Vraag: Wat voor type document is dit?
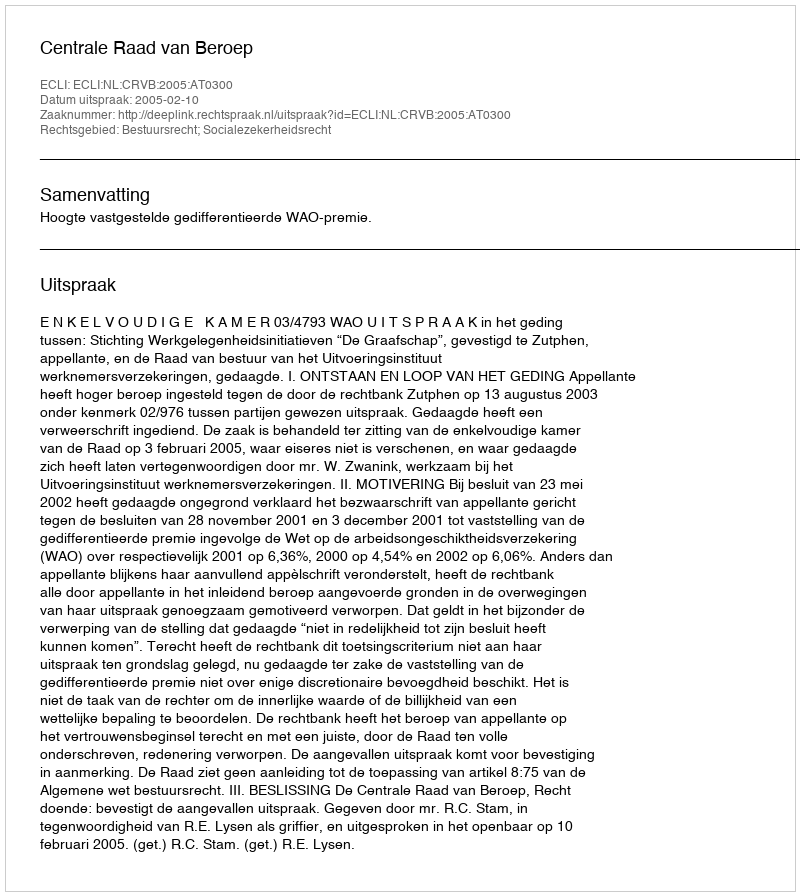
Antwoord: Uitspraak